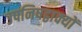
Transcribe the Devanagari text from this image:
उपनिषद्वाक्यों